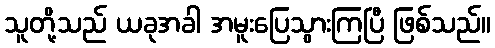
သူတို့သည် ယခုအခါ အမူးပြေသွားကြပြီ ဖြစ်သည်။